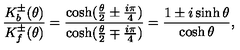
\frac { K _ { b } ^ { \pm } ( \theta ) } { K _ { f } ^ { \pm } ( \theta ) } = \frac { \cosh ( \frac { \theta } { 2 } \pm \frac { i \pi } { 4 } ) } { \cosh ( \frac { \theta } { 2 } \mp \frac { i \pi } { 4 } ) } = \frac { 1 \pm i \sinh \theta } { \cosh \theta } ,